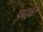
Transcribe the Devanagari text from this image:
इन्द्रवत